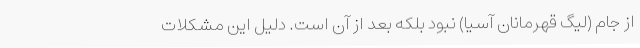
از جام (لیگ قهرمانان آسیا) نبود بلکه بعد از آن است. دلیل این مشکلات